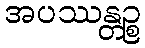
အပဿန္တဉ္စ